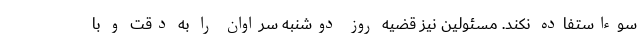
سوءاستفاده نکند. مسئولین نیز قضیه روز دوشنبه سراوان را به دقت و با